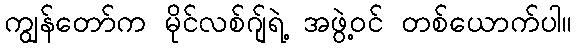
ကျွန်တော်က မိုင်လစ်ဂျ်ရဲ့ အဖွဲ့ဝင် တစ်ယောက်ပါ။